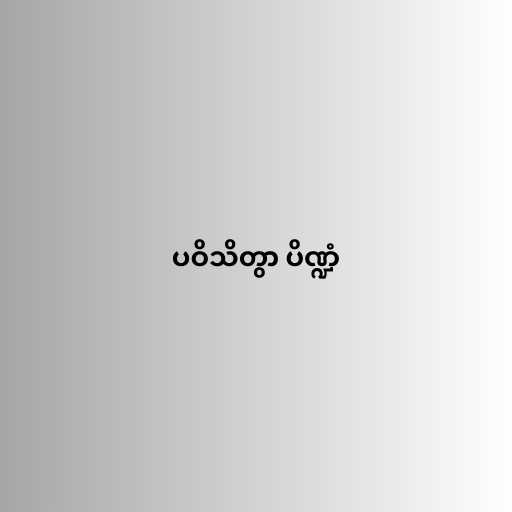
ပဝိသိတွာ ပိဏ္ဍံ